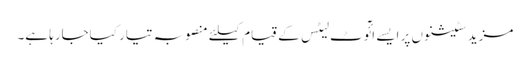
مزید سٹیشنوں پر ایسے ائٓوٹ لیٹس کے قیام کیلئے منصوبہ تیار کیاجارہا ہے۔